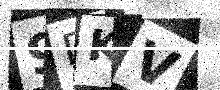
Text: 9DKV